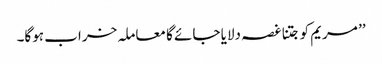
’’ مریم کو جتنا غصہ دلایا جائے گا معاملہ خراب ہوگا۔